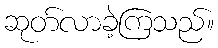
ဆုတ်လာခဲ့ကြသည်။